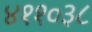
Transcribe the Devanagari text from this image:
४११०३८